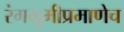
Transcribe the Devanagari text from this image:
रंगभूमीप्रमाणेच